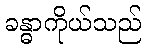
ခန္ဓာကိုယ်သည်